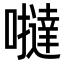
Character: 𡃿